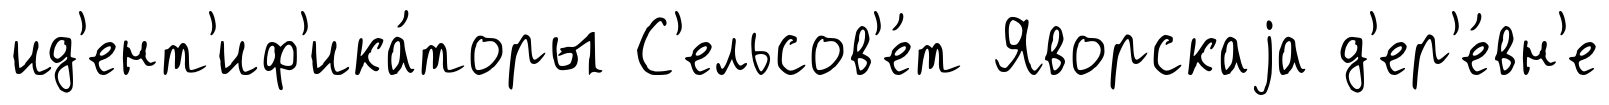
ид'ент'иф'ика́торы С'ельсов'е́т Яворскаjа д'ер'е́вн'е